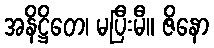
အနိဋ္ဌိတေ၊ မပြီးမီ။ ဇိနော